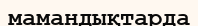
мамандықтарда